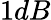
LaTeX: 1dB